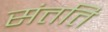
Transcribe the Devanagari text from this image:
संत्तति